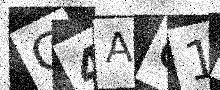
Text: G4AG1F